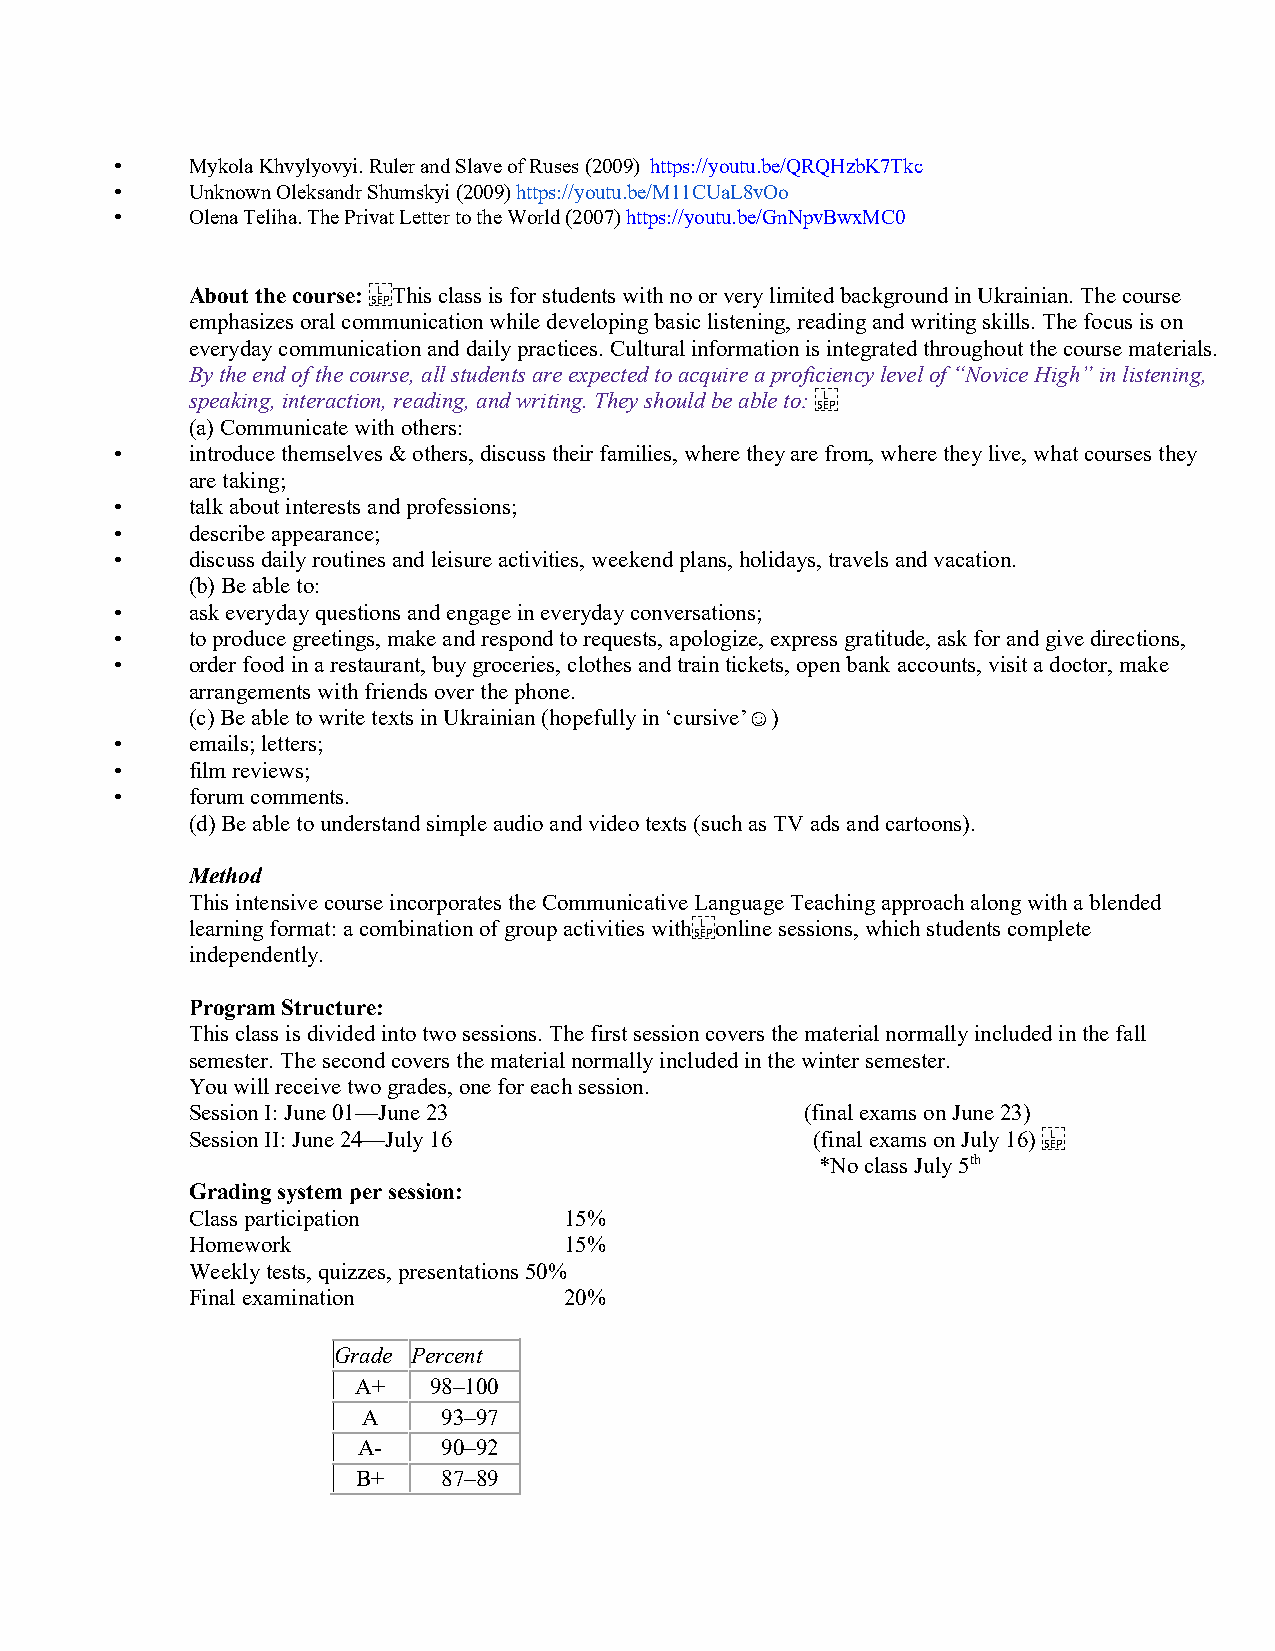
•   Mykola Khvylyovyi. Ruler and Slave of Ruses (2009) https://youtu.be/QRQHzbK7Tkc
 •   Unknown Oleksandr Shumskyi (2009) https://youtu.be/M11CUaL8vOo
 •   Olena Teliha. The Privat Letter to the World (2007) https://youtu.be/GnNpvBwxMC0
 About the course: This class is for students with no or very limited background in Ukrainian. The course
 emphasizes oral communication while developing basic listening, reading and writing skills. The focus is on
 everyday communication and daily practices. Cultural information is integrated throughout the course materials.
 By the end of the course, all students are expected to acquire a proficiency level of “Novice High” in listening,
 speaking, interaction, reading, and writing. They should be able to:
 (a) Communicate with others:
 •   introduce themselves & others, discuss their families, where they are from, where they live, what courses they
 are taking;
 •   talk about interests and professions;
 •   describe appearance;
 •   discuss daily routines and leisure activities, weekend plans, holidays, travels and vacation.
 (b) Be able to:
 •   ask everyday questions and engage in everyday conversations;
 •   to produce greetings, make and respond to requests, apologize, express gratitude, ask for and give directions,
 •   order food in a restaurant, buy groceries, clothes and train tickets, open bank accounts, visit a doctor, make
 arrangements with friends over the phone.
 (c) Be able to write texts in Ukrainian (hopefully in ‘cursive’☺)
 •   emails; letters;
 •   film reviews;
 •   forum comments.
 (d) Be able to understand simple audio and video texts (such as TV ads and cartoons).
 Method
 This intensive course incorporates the Communicative Language Teaching approach along with a blended
 learning format: a combination of group activities with online sessions, which students complete
 independently.
 Program Structure:
 This class is divided into two sessions. The first session covers the material normally included in the fall
 semester. The second covers the material normally included in the winter semester.
 You will receive two grades, one for each session.
 Session I: June 01—June 23               (final exams on June 23)
 Session II: June 24—July 16               (final exams on July 16)
 *No class July 5th
 Grading system per session:
 Class participation      15%
 Homework                 15%
 Weekly tests, quizzes, presentations 50%
 Final examination        20%
 Grade Percent
 A+  98–100
 A    93–97
 A-   90–92
 B+   87–89